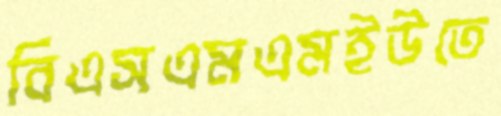
বিএসএমএমইউতে